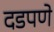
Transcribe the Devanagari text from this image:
दडपणे